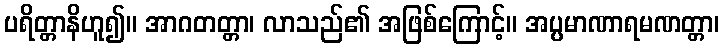
ပရိတ္တာနိဟူ၍။ အာဂတတ္တာ၊ လာသည်၏ အဖြစ်ကြောင့်။ အပ္ပမာဏာရမဏတ္တာ၊